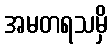
အမတရသမှိ